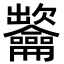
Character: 𪛐